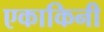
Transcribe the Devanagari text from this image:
एकाकिनी